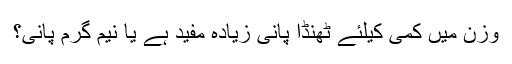
وزن میں کمی کیلئے ٹھنڈا پانی زیادہ مفید ہے یا نیم گرم پانی؟